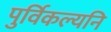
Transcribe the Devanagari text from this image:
पुर्विकल्यनि